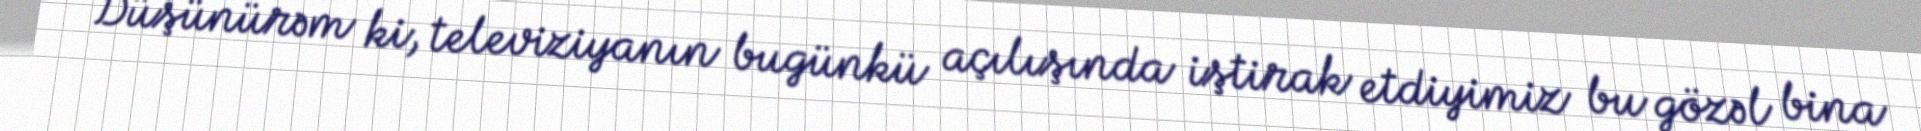
Düşünürəm ki, televiziyanın bugünkü açılışında iştirak etdiyimiz bu gözəl bina